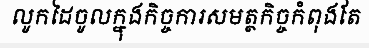
លូកដៃចូលក្នុងកិច្ចការសមត្ថកិច្ចកំពុងតែ